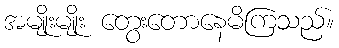
အမျိုးမျိုး တွေးတောနေမိကြသည်။